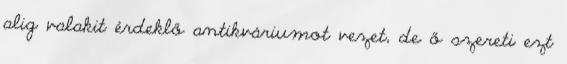
alig valakit érdeklő antikváriumot vezet, de ő szereti ezt